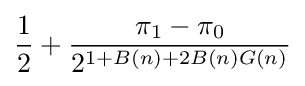
{\frac {1}{2}}+{\frac {\pi _{1}-\pi _{0}}{2^{1+B(n)+2B(n)G(n)}}}